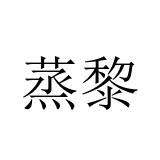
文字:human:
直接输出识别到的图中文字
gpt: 蒸黎